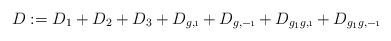
LaTeX: \begin{align*} D:=D_{1}+D_{2}+D_{3}+D_{g,\i}+D_{g,-\i}+D_{g_1g, \i}+D_{g_1g, -\i}\ \end{align*}